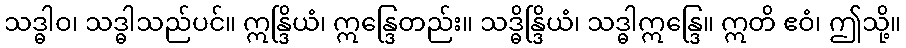
သဒ္ဓါဝ၊ သဒ္ဓါသည်ပင်။ ဣန္ဒြိယံ၊ ဣန္ဒြေတည်း။ သဒ္ဓိန္ဒြိယံ၊ သဒ္ဓါဣန္ဒြေ။ ဣတိ ဧဝံ၊ ဤသို့။